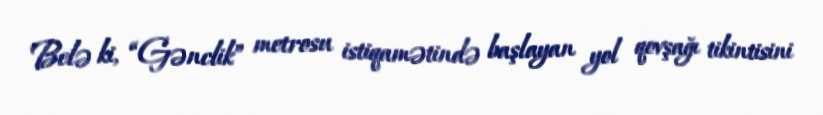
Belə ki, “Gənclik” metrosu istiqamətində başlayan yol qovşağı tikintisini